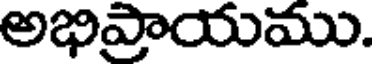
అభిప్రాయము.